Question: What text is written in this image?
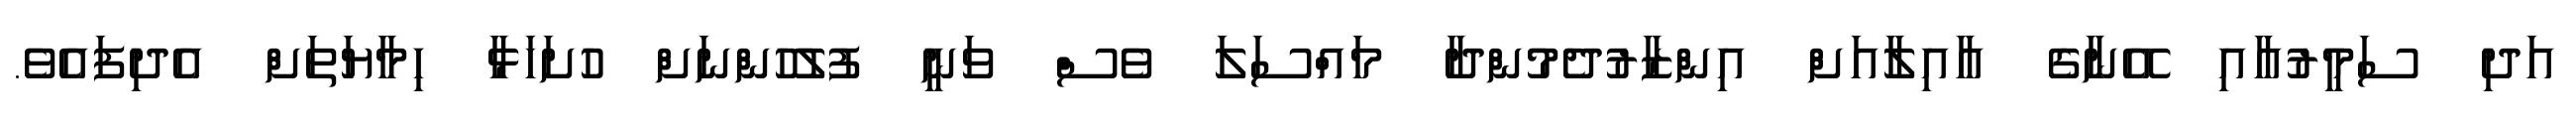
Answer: އަދި ސަމީރުއާއި އޭނާގެ އާއިލާއަށް އިންޒާރުދެމުންދާ މައްސަލަ ވެސް ވަނީ ފުލުހުންނަށް ހުށަހަޅާ ހިމާޔަތަށް އެދިފައެވެ.